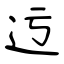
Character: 迃